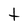
Character: t